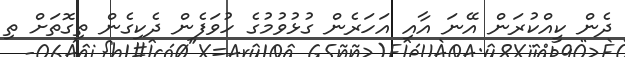
ދެން ކީއްކުރަން އޭނަ އާއި އަހަރެން ގުޅުވުމުގެ ހުވަފެން ދެކިގެން ތިގޮތަށް ތި